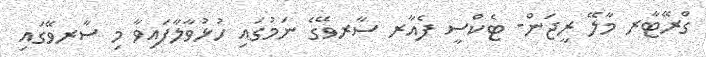
ގްރޭޓާރ މާލޭ ރީޖަން- ޓެކްސީ ފެއާރ ސާރވޭގެ ނަމުގައި ހުޅުވާލާފައިވާ މި ސާރވޭގައި